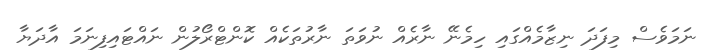
ނަމަވެސް މިފަދަ ނިޒާމެއްގައި ހިމެނޭ ނާރެއް ނުވަތަ ނާރުތަކެއް ކޮންޓްރޯލުން ނައްޓައިފިނަމަ އާދަޔާ